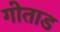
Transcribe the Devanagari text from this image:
गोताड